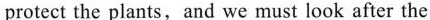
protect the plants, and we must look after the